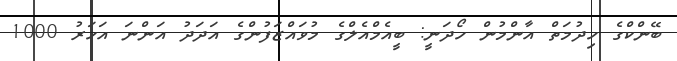
ބޭންކްގެ ހިދުމަތް އާންމުން ހޯދަނީ: ބީއެމްއެލްގެ މުވައްޒަފުންގެ އަދަދު އަންނަ އަހަރު 1000